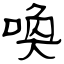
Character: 喚